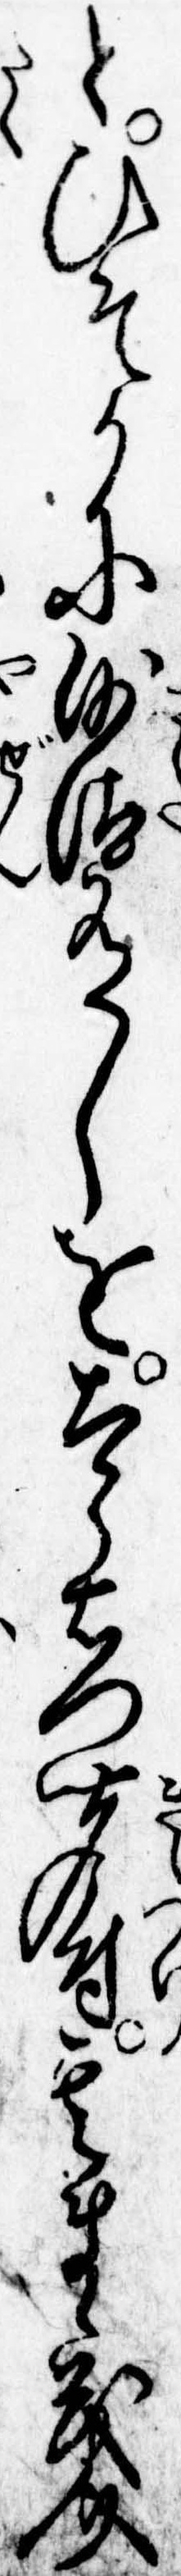
とひそかに沙汰有しを太郎右門聞付其まゝ茂介